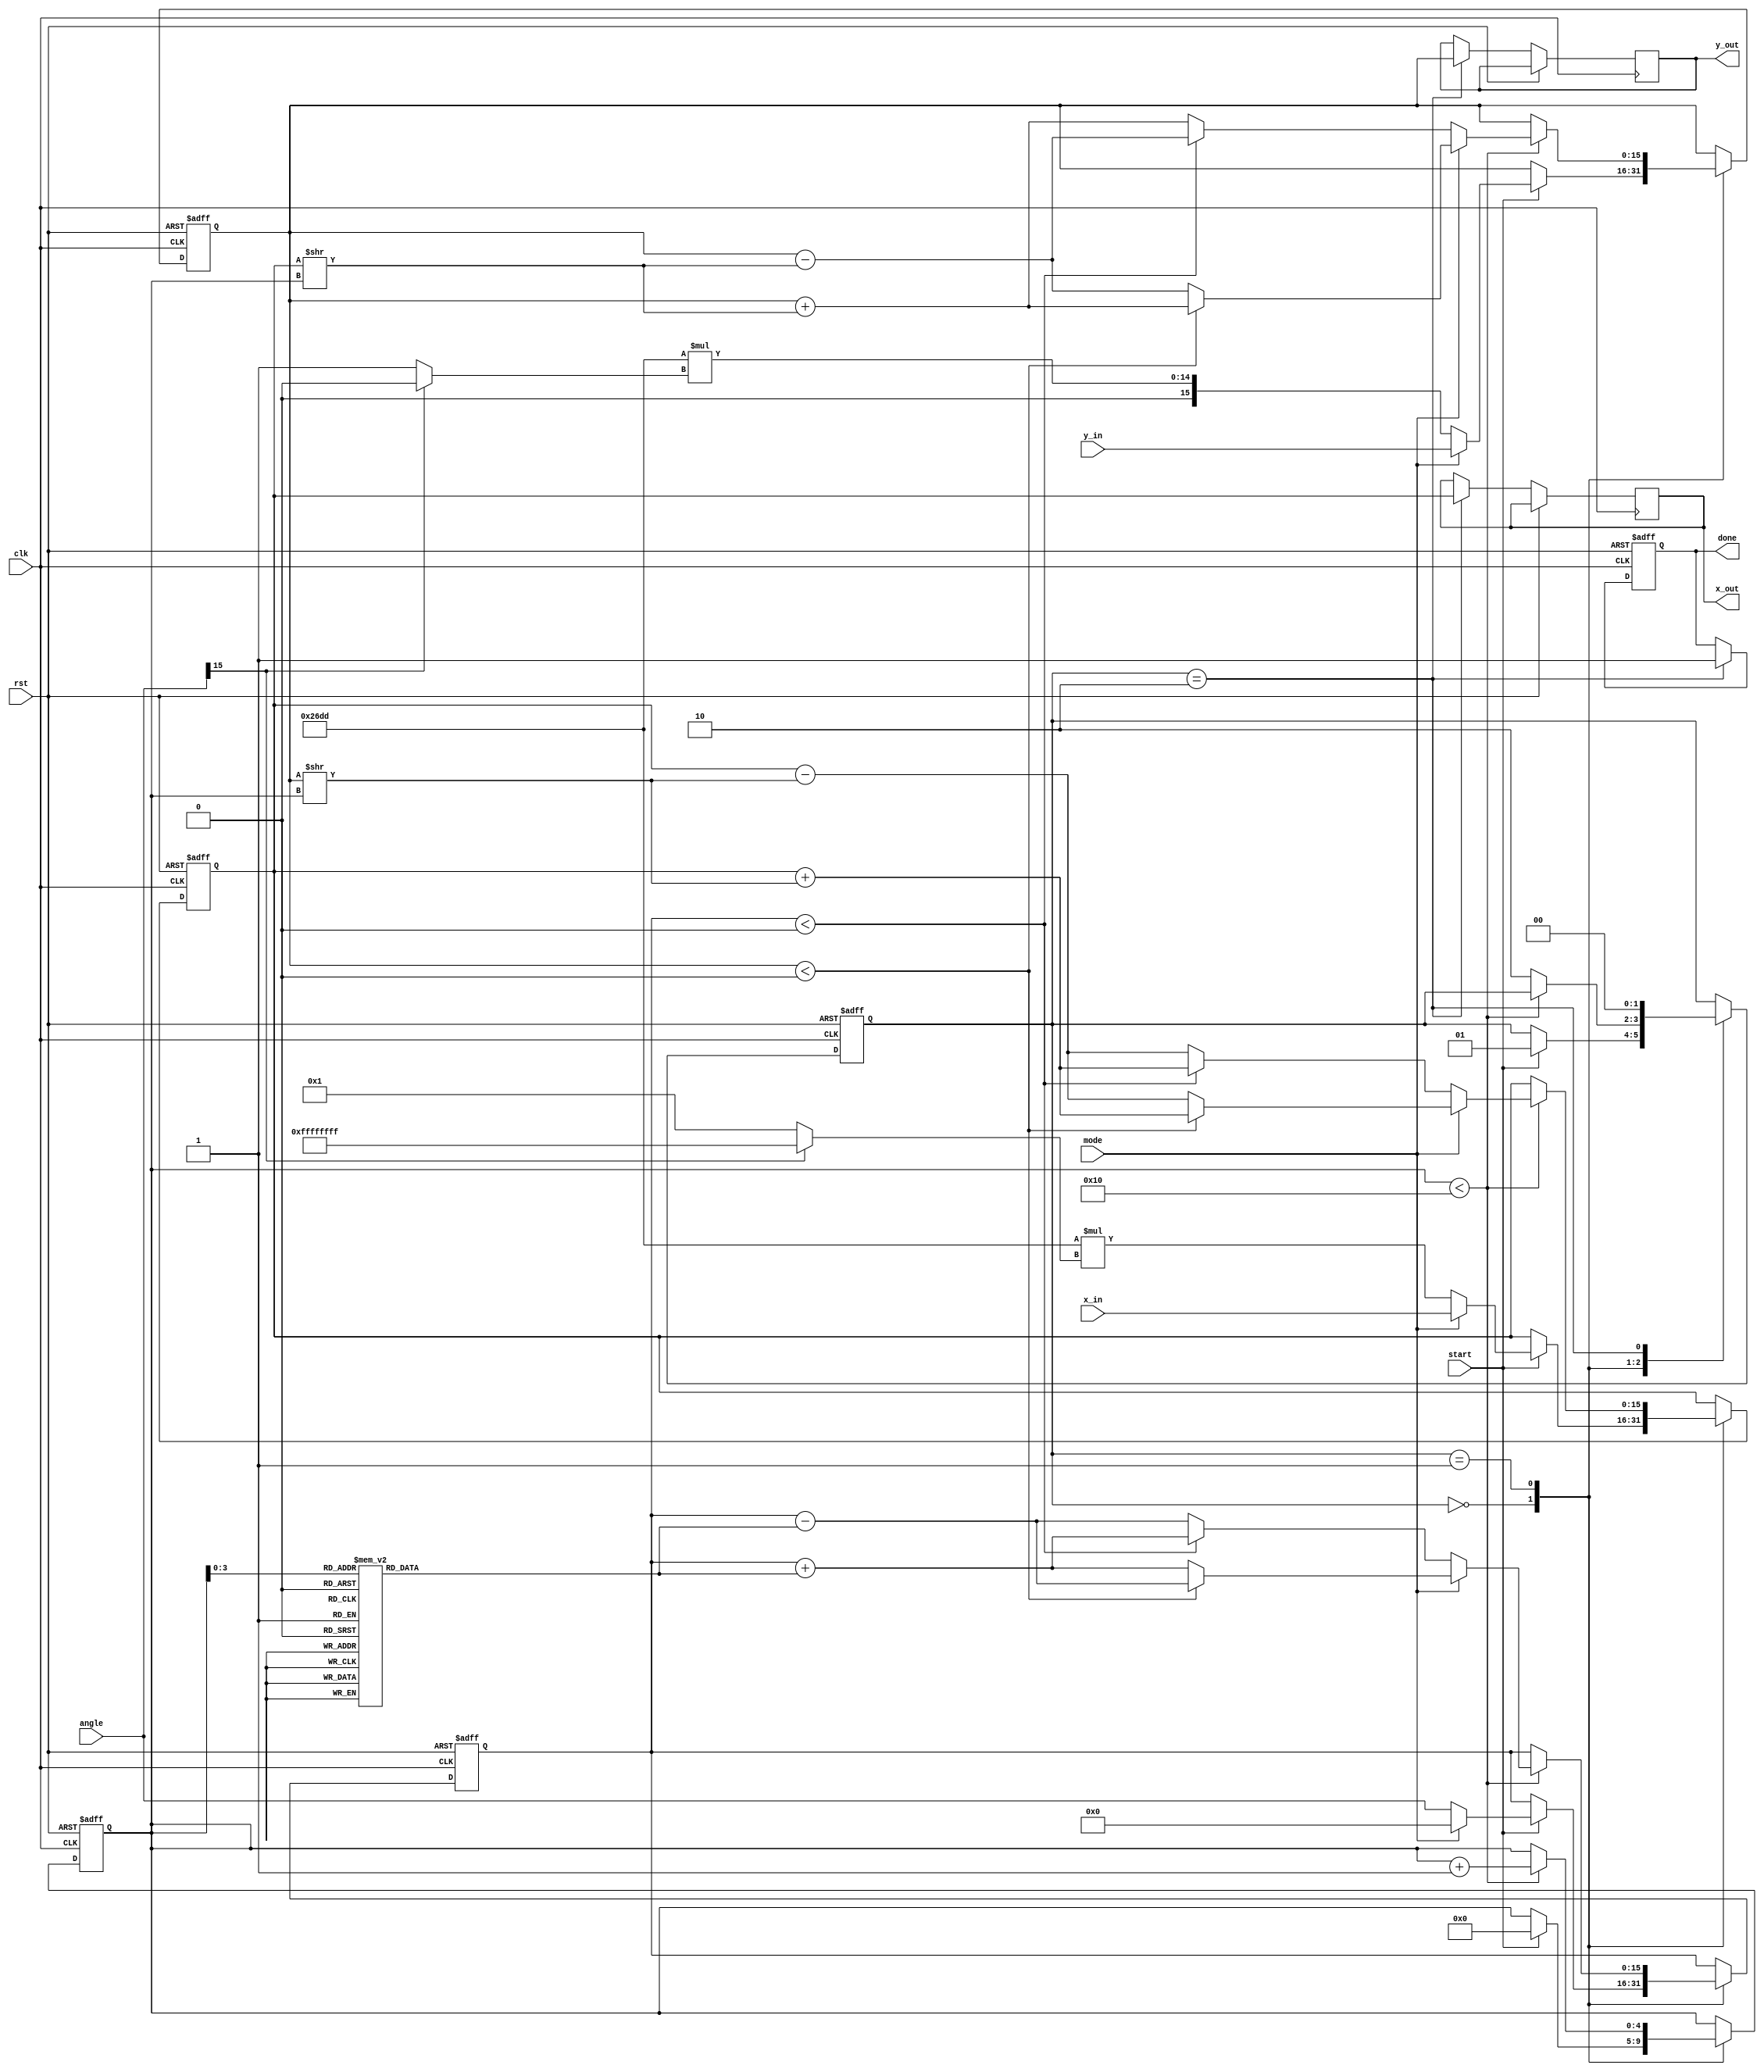
module cordic_fixed_point #(
    parameter DATA_WIDTH = 16,  // Width of fixed-point data
    parameter ITERATIONS = 16    // Number of CORDIC iterations
)(
    input wire clk,
    input wire rst,
    input wire start,
    input wire [DATA_WIDTH-1:0] angle, // Input angle for rotation mode
    input wire [DATA_WIDTH-1:0] x_in,   // Input x component for vectoring mode
    input wire [DATA_WIDTH-1:0] y_in,   // Input y component for vectoring mode
    input wire mode,                   // 0 for rotation, 1 for vectoring
    output reg [DATA_WIDTH-1:0] x_out, // Output x component
    output reg [DATA_WIDTH-1:0] y_out, // Output y component
    output reg done                    // Indicates completion
);

    // CORDIC gain factor
    localparam GAIN = 16'h26DD; // Fixed-point representation of gain (approx 0.607)

    // CORDIC angle lookup table (fixed-point representation)
    reg [DATA_WIDTH-1:0] atan_table [0:ITERATIONS-1];
    initial begin
        // Initialize the arctangent values (in fixed-point format)
        atan_table[0] = 16'h2000; // atan(2^-0)
        atan_table[1] = 16'h1000; // atan(2^-1)
        atan_table[2] = 16'h0800; // atan(2^-2)
        atan_table[3] = 16'h0400; // atan(2^-3)
        // Continue filling the table for more iterations
        // ...
        atan_table[15] = 16'h0001; // atan(2^-15)
    end

    reg [DATA_WIDTH-1:0] x, y, z; // CORDIC variables
    reg [4:0] iter;               // Iteration counter
    reg [1:0] state;              // State machine for control

    localparam IDLE = 2'b00, RUN = 2'b01, DONE = 2'b10;

    always @(posedge clk or posedge rst) begin
        if (rst) begin
            x <= 0;
            y <= 0;
            z <= 0;
            iter <= 0;
            state <= IDLE;
            done <= 0;
        end else begin
            case (state)
                IDLE: begin
                    if (start) begin
                        if (mode == 0) begin // Rotation mode
                            x <= GAIN * (angle[DATA_WIDTH-1] ? -1 : 1); // Initial x based on angle
                            y <= GAIN * (angle[DATA_WIDTH-1] ? 0 : 1); // Initial y based on angle
                            z <= angle;
                        end else begin // Vectoring mode
                            x <= x_in;
                            y <= y_in;
                            z <= 0; // Initial angle is zero
                        end
                        iter <= 0;
                        state <= RUN;
                    end
                end
                RUN: begin
                    if (iter < ITERATIONS) begin
                        if (mode == 0) begin // Rotation mode
                            if (z < 0) begin
                                x <= x + (y >> iter);
                                y <= y - (x >> iter);
                                z <= z + atan_table[iter];
                            end else begin
                                x <= x - (y >> iter);
                                y <= y + (x >> iter);
                                z <= z - atan_table[iter];
                            end
                        end else begin // Vectoring mode
                            if (y < 0) begin
                                x <= x + (y >> iter);
                                y <= y + (x >> iter);
                                z <= z - atan_table[iter];
                            end else begin
                                x <= x - (y >> iter);
                                y <= y - (x >> iter);
                                z <= z + atan_table[iter];
                            end
                        end
                        iter <= iter + 1;
                    end else begin
                        state <= DONE;
                    end
                end
                DONE: begin
                    x_out <= x;
                    y_out <= y;
                    done <= 1;
                    state <= IDLE; // Go back to idle state
                end
            endcase
        end
    end
endmodule